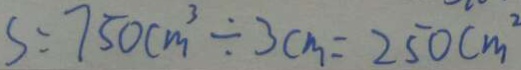
S = 7 5 0 c m ^ { 3 } \div 3 c m = 2 5 0 c m ^ { 2 }